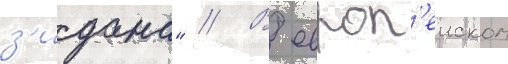
з'идана" // В европ'еиском